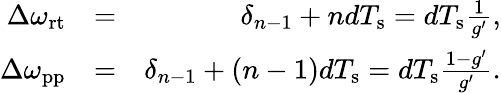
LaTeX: \begin{array}{rlr}{\Delta\omega_{\mathrm{rt}}}&{=}&{\delta_{n-1}+ndT_{\mathrm{s}}=dT_{\mathrm{s}}\frac{1}{g^{\prime}},}\\ {\Delta\omega_{\mathrm{pp}}}&{=}&{\delta_{n-1}+(n-1)dT_{\mathrm{s}}=dT_{\mathrm{s}}\frac{1-g^{\prime}}{g^{\prime}}.}\end{array}